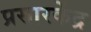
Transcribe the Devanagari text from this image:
प्रसारकेंद्र